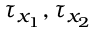
\tau _ { x _ { 1 } } , \tau _ { x _ { 2 } }